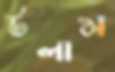
টলাম